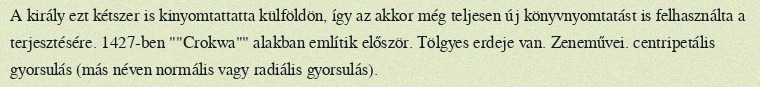
A király ezt kétszer is kinyomtattatta külföldön, így az akkor még teljesen új könyvnyomtatást is felhasználta a terjesztésére. 1427-ben ""Crokwa"" alakban említik először. Tölgyes erdeje van. Zeneművei. centripetális gyorsulás (más néven normális vagy radiális gyorsulás).